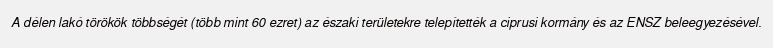
A délen lakó törökök többségét (több mint 60 ezret) az északi területekre telepítették a ciprusi kormány és az ENSZ beleegyezésével.